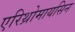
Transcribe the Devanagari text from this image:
एरिथ्रोमायसिन